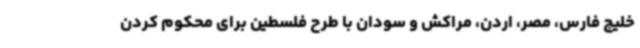
خلیج فارس، مصر، اردن، مراکش و سودان با طرح فلسطین برای محکوم کردن